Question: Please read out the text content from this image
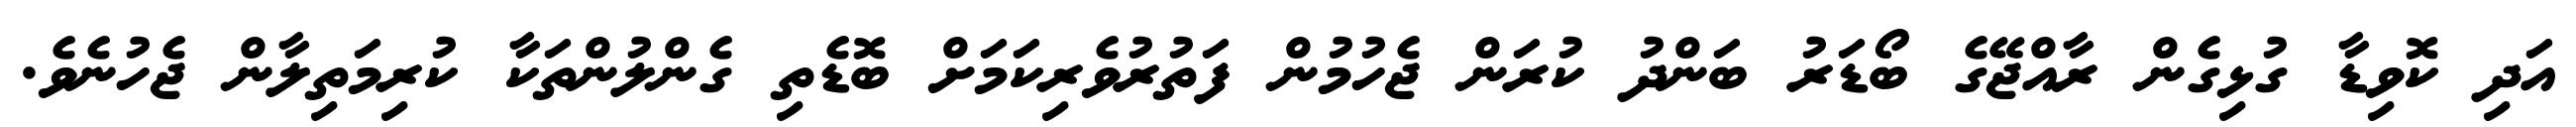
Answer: އަދި ކޮވިޑާ ގުޅިގެން ރާއްޖޭގެ ބޯޑަރު ބަންދު ކުރަން ޖެހުމުން ފަތުރުވެރިކަމަށް ބޮޑެތި ގެންލުންތަކާ ކުރިމަތިލާން ޖެހުނެވެ.